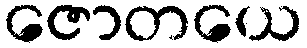
ဇောတယေ